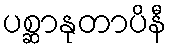
ပစ္ဆာနုတာပိနီ